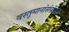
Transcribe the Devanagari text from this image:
वस्तुमानांसंबंधित